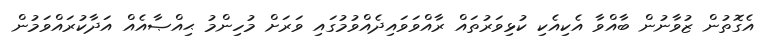
އެގޮތުން ޒުވާނުން ބާއްވާ އެކިއެކި ކުޅިވަރުތައް ރާއްވަވައިދެއްވުމުގައި ވަރަށް މުހިންމު ޙިއްޞާއެއް އަދާކުރައްވަމުން